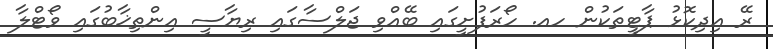
ރޭ އިދިކޮޅު ޕާޓީތަކުން ހއ. ހޯރަފުށީގައި ބޭއްވި ޖަލްސާގައި ރިޔާސީ އިންތިޚާބުގައި ވޯޓްލާ